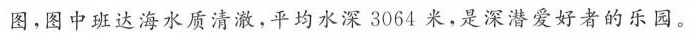
图，图中班达海水质清澈，平均水深3064米，是深潜爱好者的乐园。